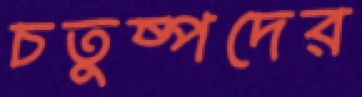
চতুষ্পদের